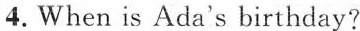
4. When is Ada's birthday?